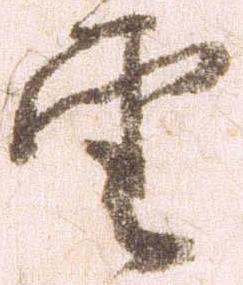
雲